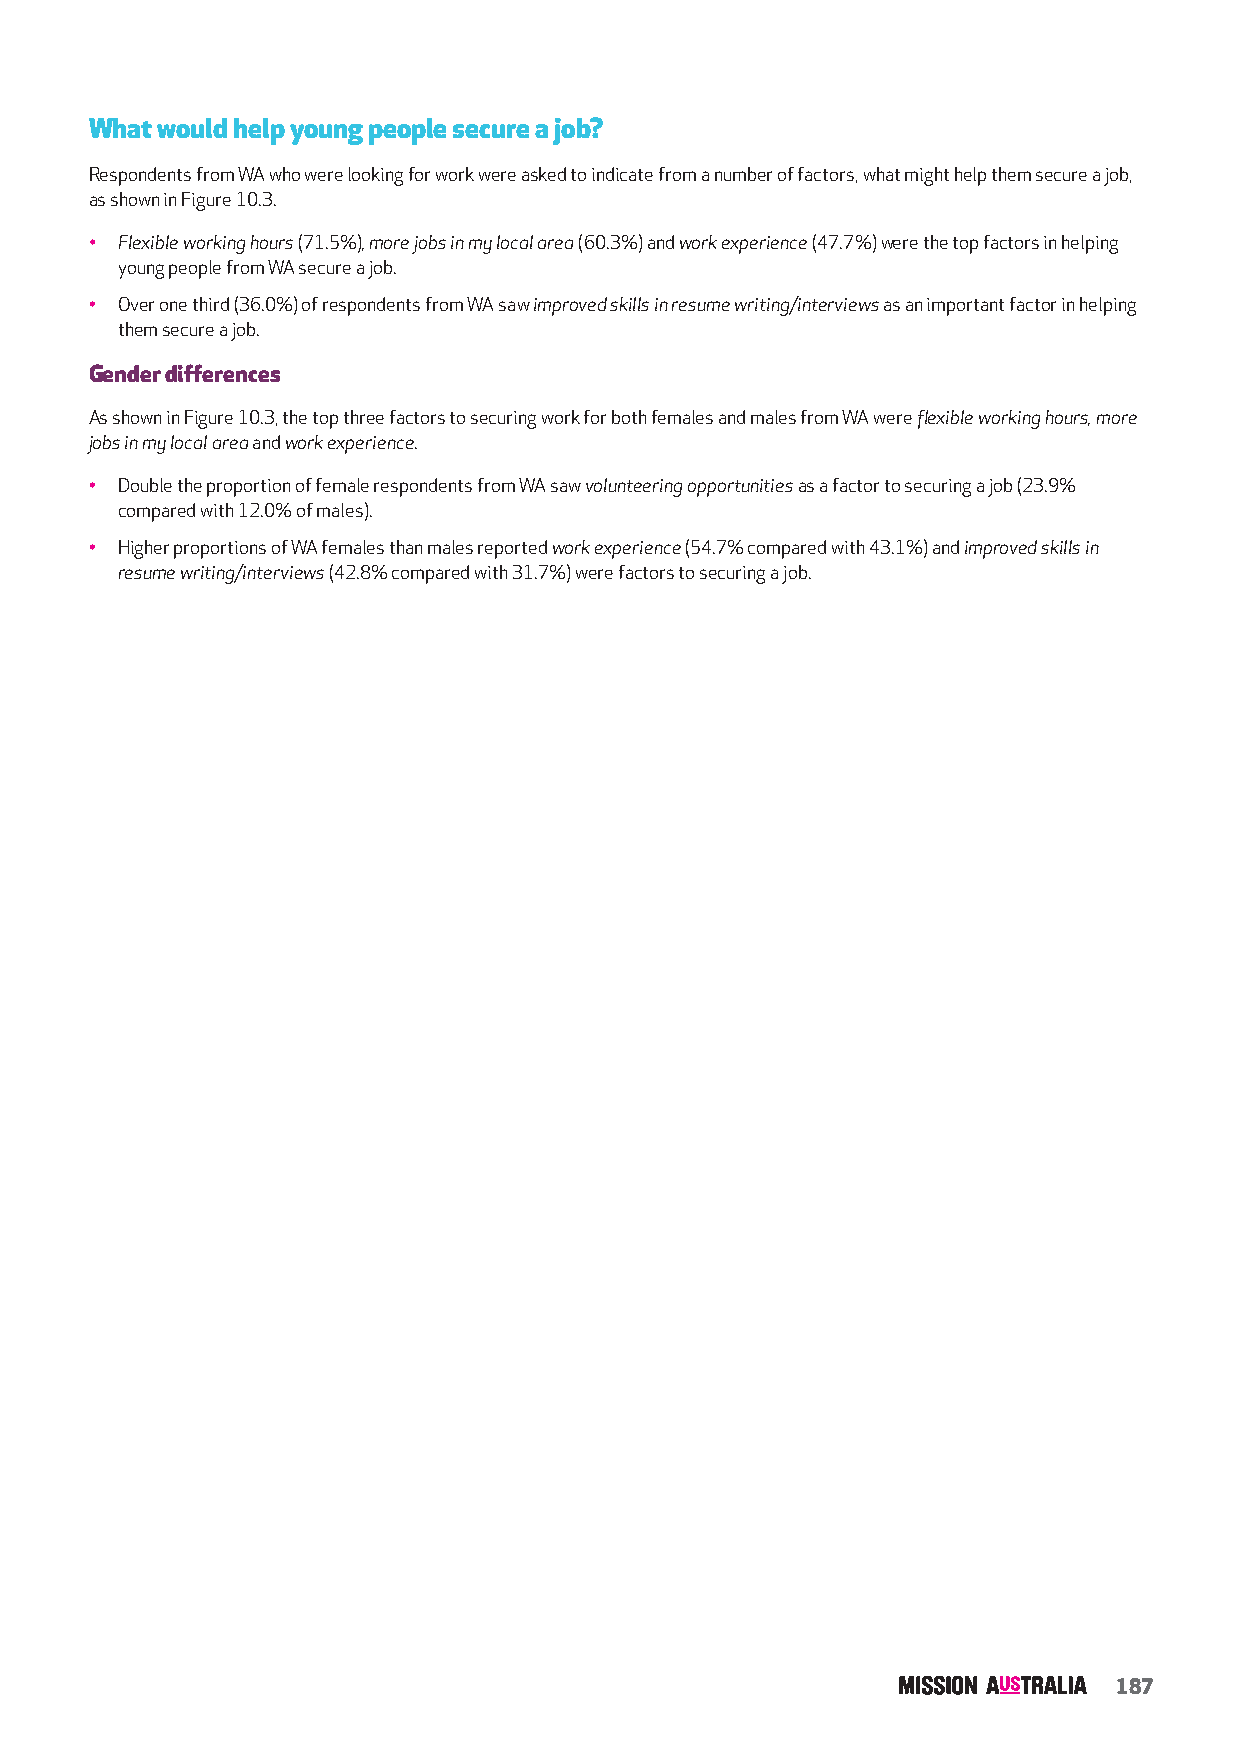
What would help young people secure a job?
 Respondents from WA who were looking for work were asked to indicate from a number of factors, what might help them secure a job,
 as shown in Figure 10.3.
 • Flexible working hours (71.5%), more jobs in my local area (60.3%) and work experience (47.7%) were the top factors in helping
 young people from WA secure a job.
 • Over one third (36.0%) of respondents from WA saw improved skills in resume writing/interviews as an important factor in helping
 them secure a job.
 Gender differences
 As shown in Figure 10.3, the top three factors to securing work for both females and males from WA were flexible working hours, more
 jobs in my local area and work experience.
 • Double the proportion of female respondents from WA saw volunteering opportunities as a factor to securing a job (23.9%
 compared with 12.0% of males).
 • Higher proportions of WA females than males reported work experience (54.7% compared with 43.1%) and improved skills in
 resume writing/interviews (42.8% compared with 31.7%) were factors to securing a job.
 187